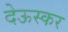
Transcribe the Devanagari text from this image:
देऊस्कर